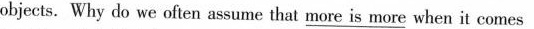
objects. Why do we often assume that \underline {more in more } when it comes